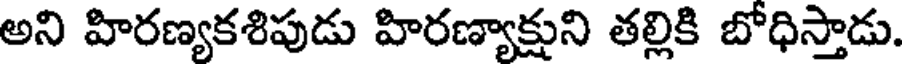
అని హిరణ్యకశిపుడు హిరణ్యాక్షుని తల్లికి బోధిస్తాడు.